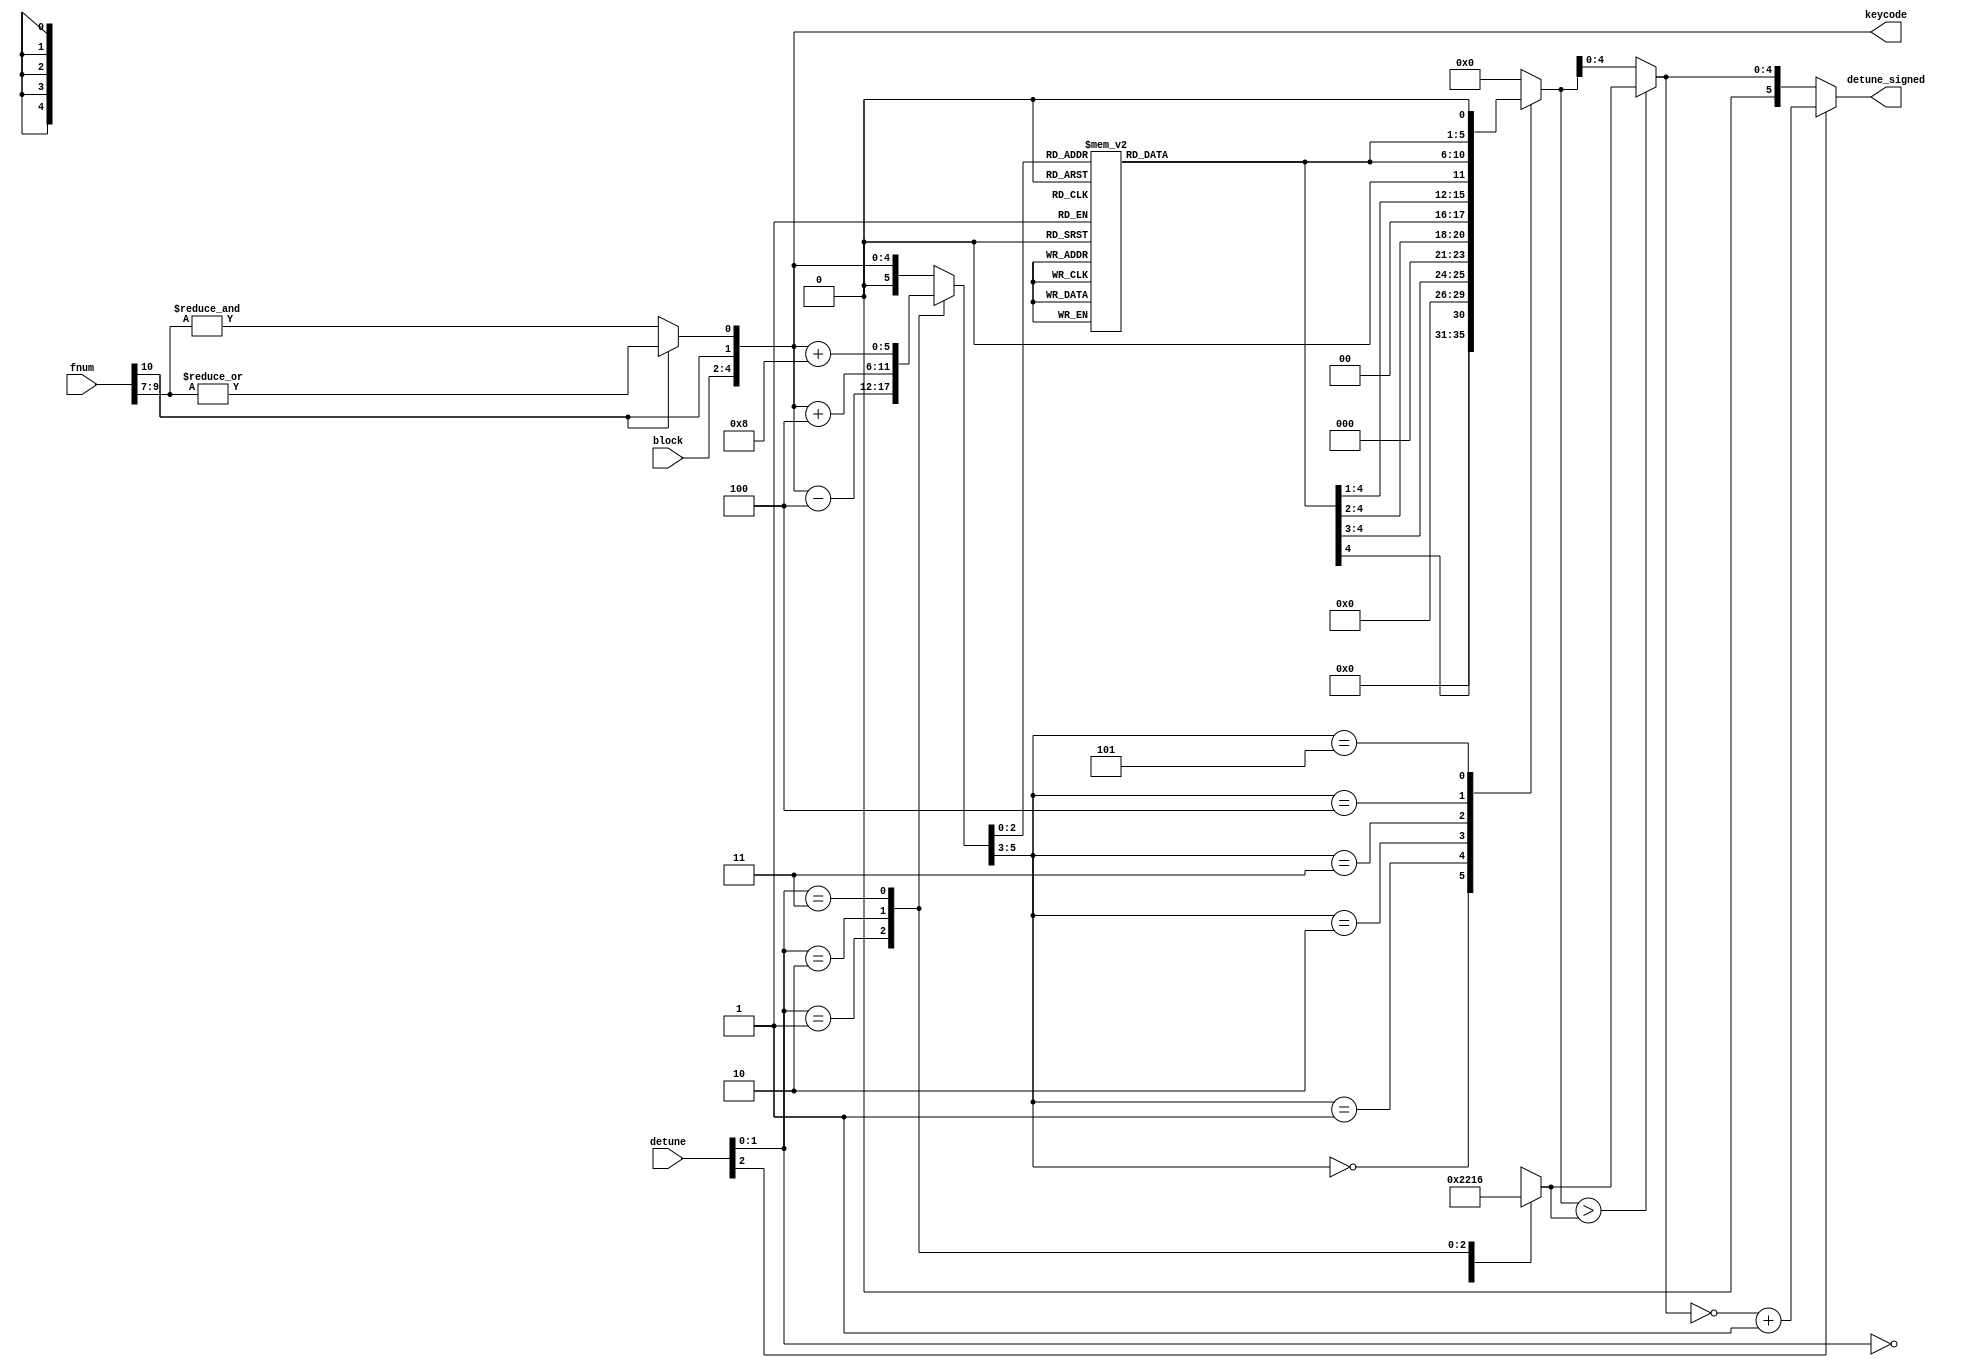
module jt12_pg_dt(
    input       [ 2:0]  block,
    input       [10:0]  fnum,
    input       [ 2:0]  detune,

    output reg  [ 4:0]  keycode,
    output reg signed [5:0] detune_signed
);

reg [5:0] detune_kf;
reg [4:0] pow2;
reg [5:0] detune_unlimited;
reg [4:0] detune_limit, detune_limited;


always @(*) begin
    keycode = { block, fnum[10], fnum[10] ? (|fnum[9:7]) : (&fnum[9:7])};
    case( detune[1:0] )
        2'd1:   detune_kf   =   { 1'b0, keycode } - 6'd4;
        2'd2:   detune_kf   =   { 1'b0, keycode } + 6'd4;
        2'd3:   detune_kf   =   { 1'b0, keycode } + 6'd8;
        default:detune_kf   =   { 1'b0, keycode };
    endcase
    case( detune_kf[2:0] )
        3'd0: pow2 = 5'd16;
        3'd1: pow2 = 5'd17;
        3'd2: pow2 = 5'd19;
        3'd3: pow2 = 5'd20;
        3'd4: pow2 = 5'd22;
        3'd5: pow2 = 5'd24;
        3'd6: pow2 = 5'd26;
        3'd7: pow2 = 5'd29;
    endcase
    case( detune[1:0] )
        2'd0: detune_limit = 5'd0;
        2'd1: detune_limit = 5'd8;
        2'd2: detune_limit = 5'd16;
        2'd3: detune_limit = 5'd22;
    endcase
    case( detune_kf[5:3] )
        3'd0:   detune_unlimited = { 5'd0, pow2[4]   }; // <2
        3'd1:   detune_unlimited = { 4'd0, pow2[4:3] }; // <4
        3'd2:   detune_unlimited = { 3'd0, pow2[4:2] }; // <8
        3'd3:   detune_unlimited = { 2'd0, pow2[4:1] };
        3'd4:   detune_unlimited = { 1'd0, pow2[4:0] };
        3'd5:   detune_unlimited = { pow2[4:0], 1'd0 };
        default:detune_unlimited = 6'd0;
    endcase
    detune_limited = detune_unlimited > {1'b0, detune_limit} ? 
                            detune_limit : detune_unlimited[4:0];
    detune_signed = !detune[2] ? {1'b0,detune_limited} : (~{1'b0,detune_limited}+6'd1);
end

endmodule